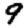
Digit: 9